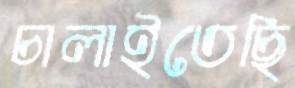
চালাইতেছি